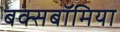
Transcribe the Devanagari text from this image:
बक्सबॉमिया